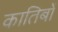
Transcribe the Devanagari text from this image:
कातिबों